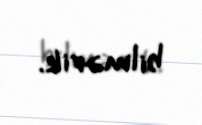
bilmərik.